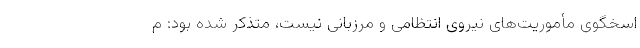
اسخگوی مأموریت‌های نیروی انتظامی و مرزبانی نیست، متذکر شده بود: م